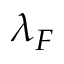
\lambda _ { F }